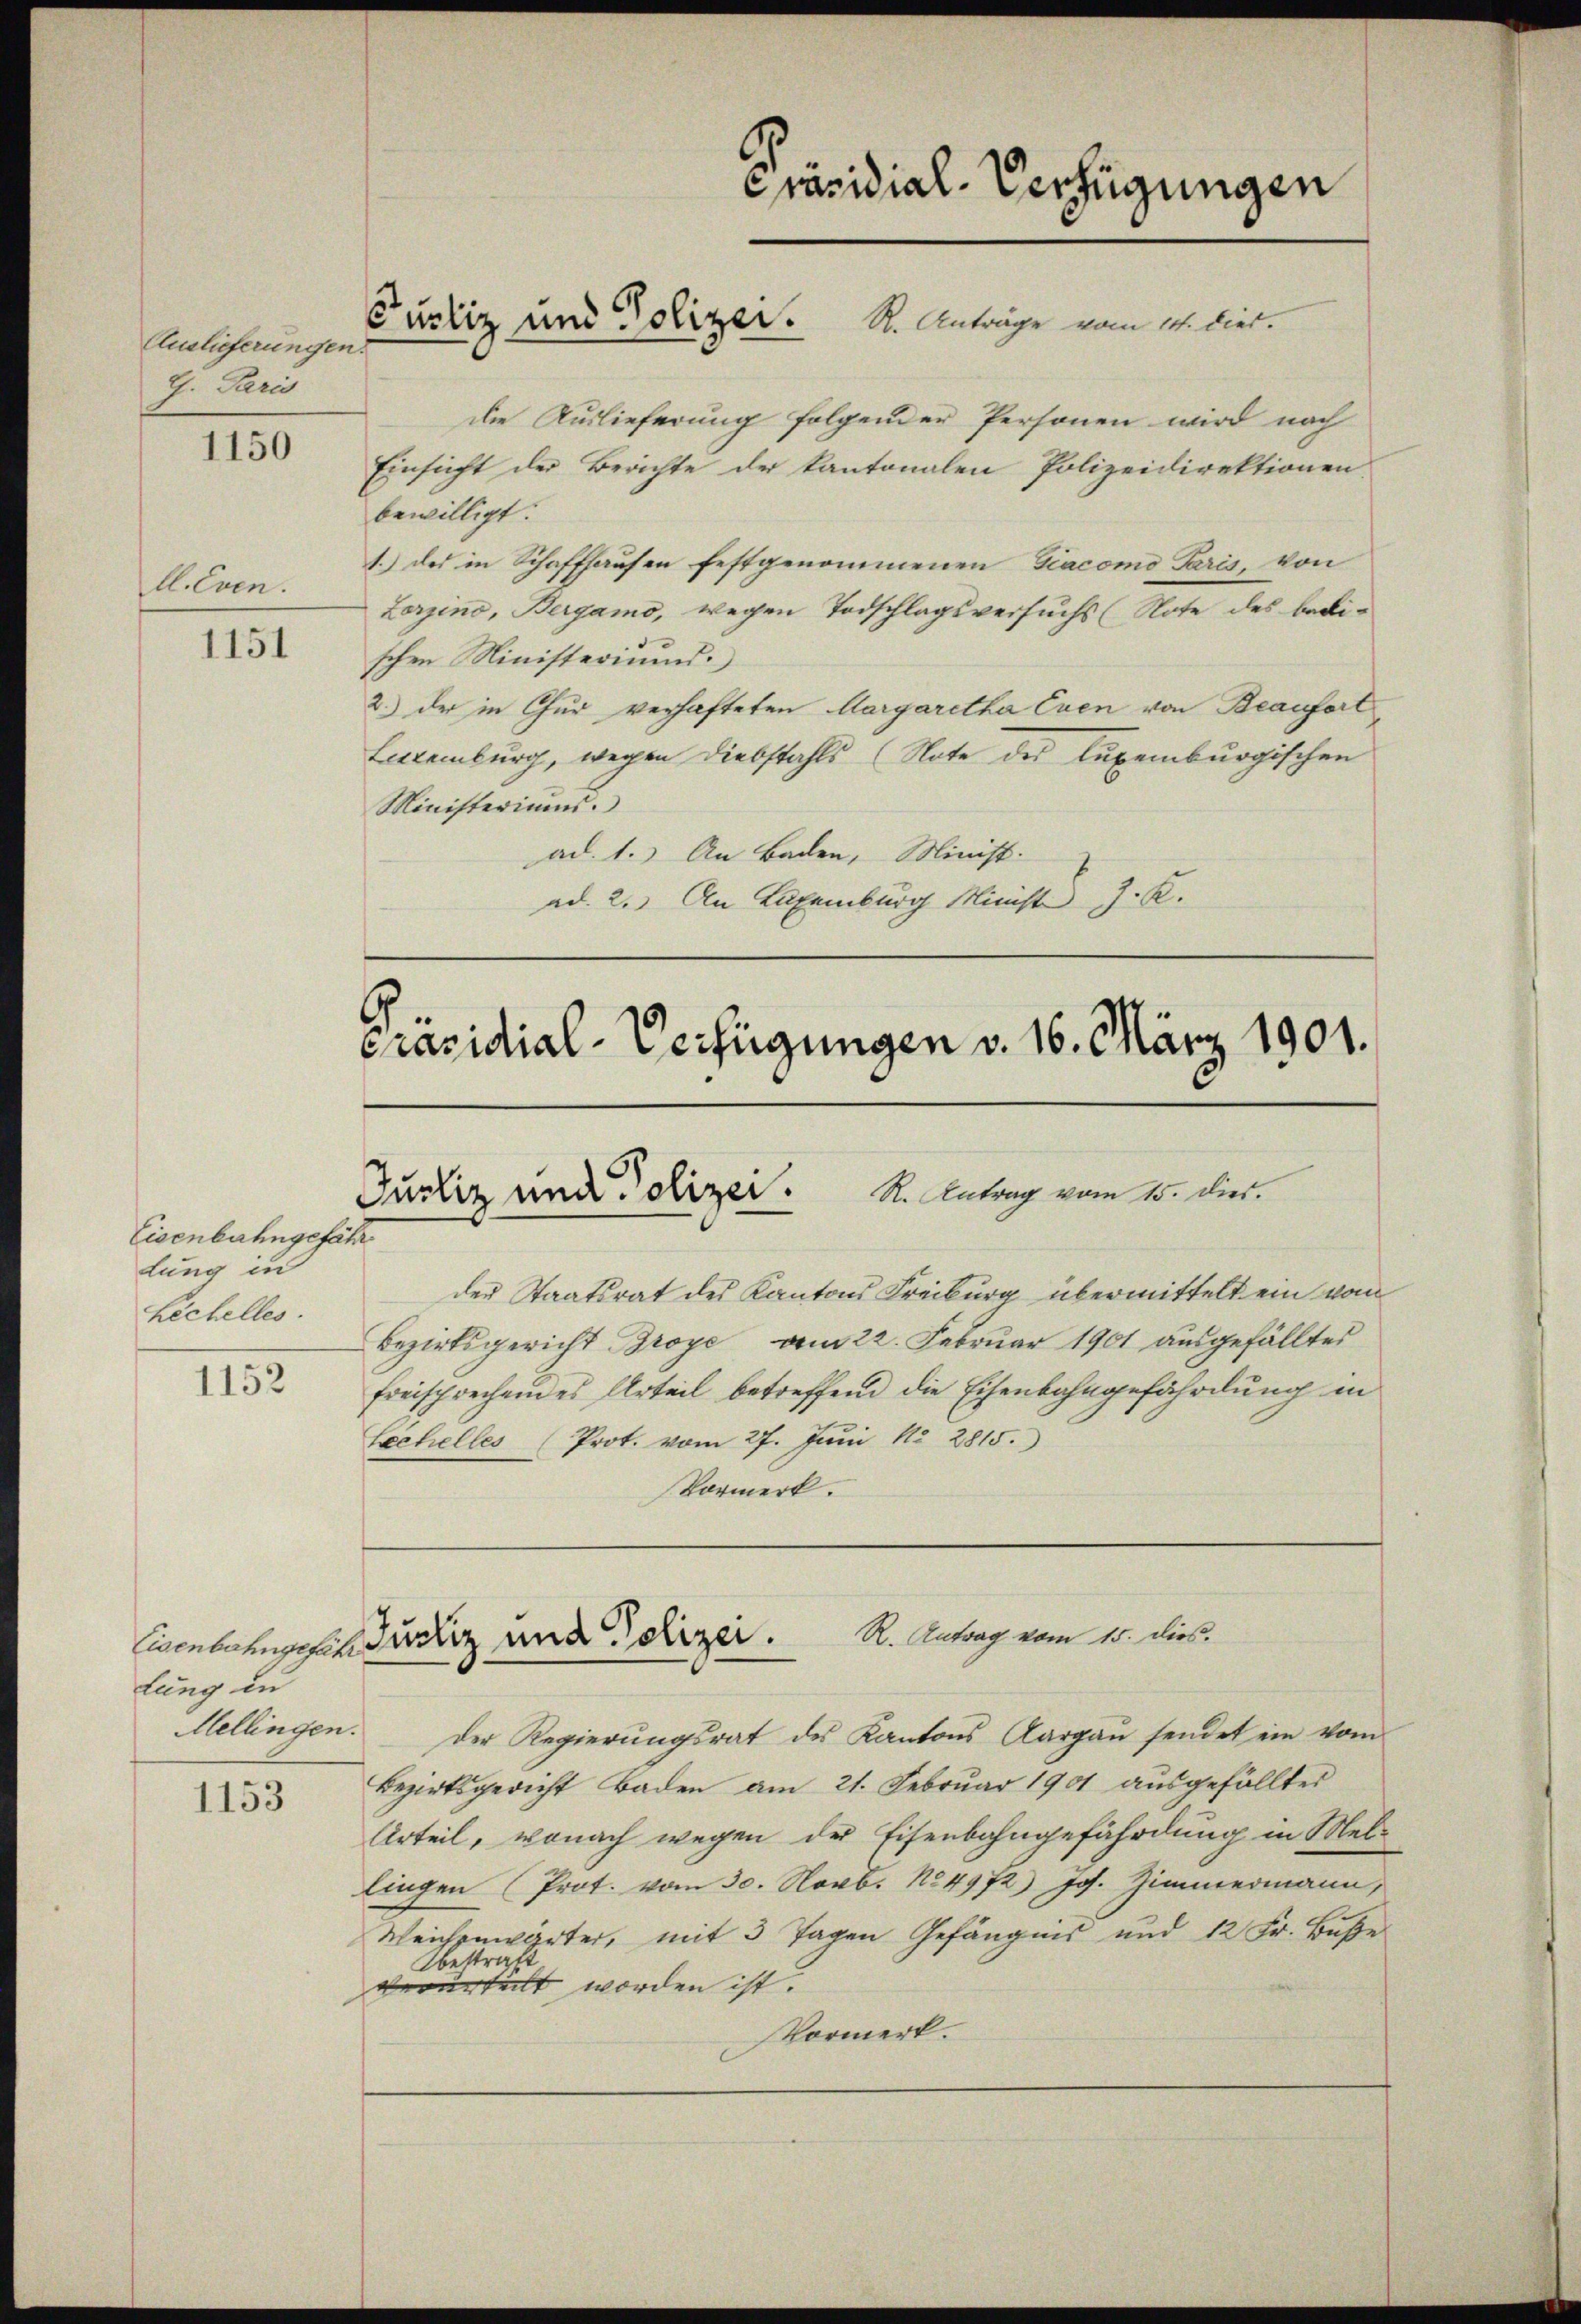
Auslieferungen.
G. Paris

1150

l. Even.

1151

Eisenbahngefähr
lung in
Lechelles.
1152

lung zu
Mellingen.

1153

Einsicht der Berichte der kantonalen Polizeidirektionen
bewilligt.
1.) des in Schaffhausen festgenommenen Giacomo Paris, von
Lorgino, Bergamo, wegen Todschlagsversuchs (Note des bedischen Ministeriums.
2.) der in Chur verhafteten Aargaretha Even von Beaufert
Lettenburg, wegen Diebstahls (Note des Luxenburgischen
Ministeriums.
ad. 1.) An Baden, Minist.
ad. 2. An Laxenburg Ministe J. K.

Bezirksgericht Groye am 22. Februar 1901 ausgefälltes
freisprechendes Urteil betreffend die Eisenbahngefährdung in

Präsidial-Verfügungen
Justiz und Polizei. R. Anträge vom 14. Diet.

Justiz und Polizei. R. Antrag vom 15. Dier.
der Staatsrat des Kantons Freiburg übermittelt ein vom

die Auslieferung folgender Personen wird nach

Präsidial-Verfügungen v. 16. März 1901.

Lechelles (Prot. vom 27. Jŭni 182 2815.
Vormerk.

Einenbahngesehe Justiz und Polizei. R. Antrag vom 15. dies

der Regierŭngsrat des Kantons Aargaŭ sendet ein vom
Bezirksgericht Baden am 21. Februar 1901 aŭsgefällter
Urteil, wonach wegen der Eisenbahngefährdung in Mel-
lingen (Prot. vom 30. Novb. No. 4972) Joh. Zimmermann,
Weichenguter, mit 3 Tagen Gefängnis und 12 Fr. Buße
Abestraft
verurteilt worden ist.
Vormerk.